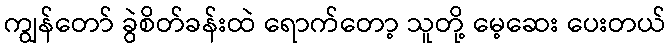
ကျွန်တော် ခွဲစိတ်ခန်းထဲ ရောက်တော့ သူတို့ မေ့ဆေး ပေးတယ်